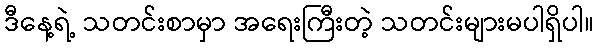
ဒီနေ့ရဲ့ သတင်းစာမှာ အရေးကြီးတဲ့ သတင်းများမပါရှိပါ။